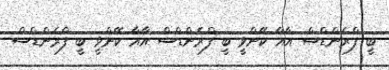
ބީ ފްރެންޑްސް އާއާ ކޭންވީ ބީ ފްރެންޑްސް އާއާ ކޭންވީ ބީ ފްރެންޑްސް